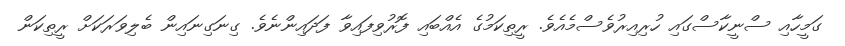
ގަމީހާއި ސްނީކާސްގައި ހުރިއިރުވެސްމެއެވެ. ރީތިކަމުގެ އެއްބައި ފޮރުވިފައިވާ ފަދައިންނެވެ. ގިނަގިނައިން ބެލިވަރަކަށް ރީތިކަން